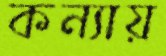
কন্যায়